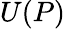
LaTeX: U(P)